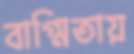
বাগ্মিতায়